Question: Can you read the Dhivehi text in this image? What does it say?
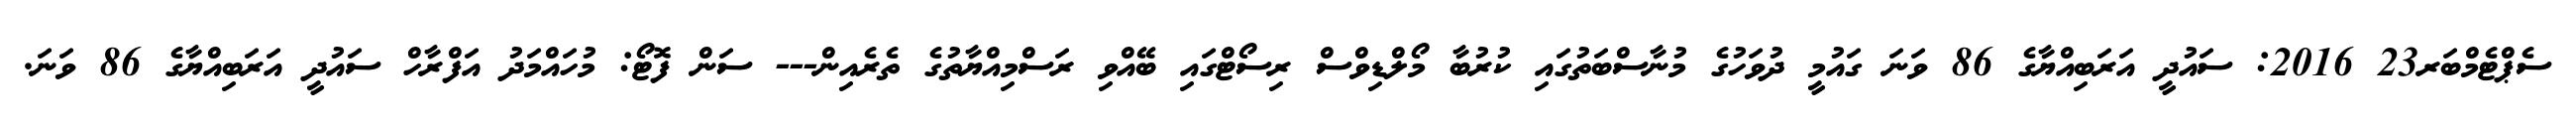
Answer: ސެޕްޓެމްބަރ23 2016: ސައުދީ އަރަބިއްޔާގެ 86 ވަނަ ގައުމީ ދުވަހުގެ މުނާސްބަތުގައި ކުރުބާ މޯލްޑިވްސް ރިސޯޓްގައި ބޭއްވި ރަސްމިއްޔާތުގެ ތެރެއިން--- ސަން ފޮޓޯ: މުހައްމަދު އަފްރާހް ސައުދީ އަރަބިއްޔާގެ 86 ވަނަ.